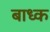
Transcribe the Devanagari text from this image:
बाध्‍क